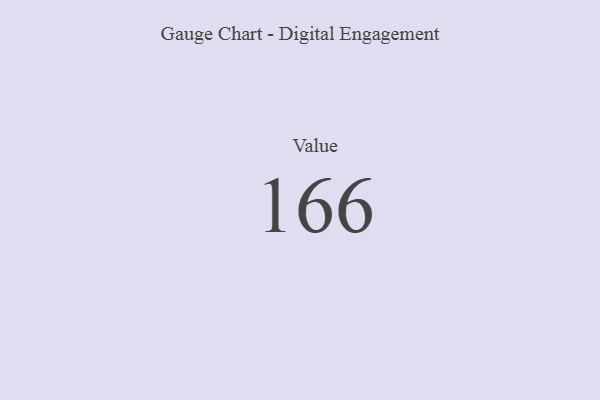
{"axis": {"x": "Metric", "y": "Value"}, "legend": [""], "data": [{"x": "Value", "y": 166, "type": ""}]}